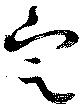
定